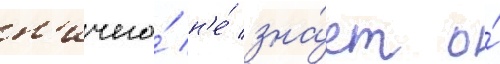
н'ичего́ н'е́ зна́ет о́